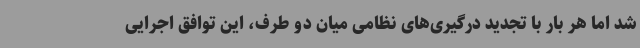
شد اما هر بار با تجدید درگیری‌های نظامی میان دو طرف، این توافق اجرایی